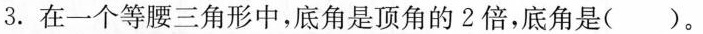
3.在一个等腰三角形中，底角是顶角的2倍，底角是( ）。